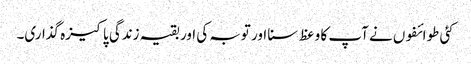
کئی طوائفوں نے آپ کا وعظ سنا اور توبہ کی اور بقیہ زندگی پاکیزہ گذاری۔